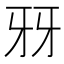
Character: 𤘆